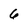
Character: 6